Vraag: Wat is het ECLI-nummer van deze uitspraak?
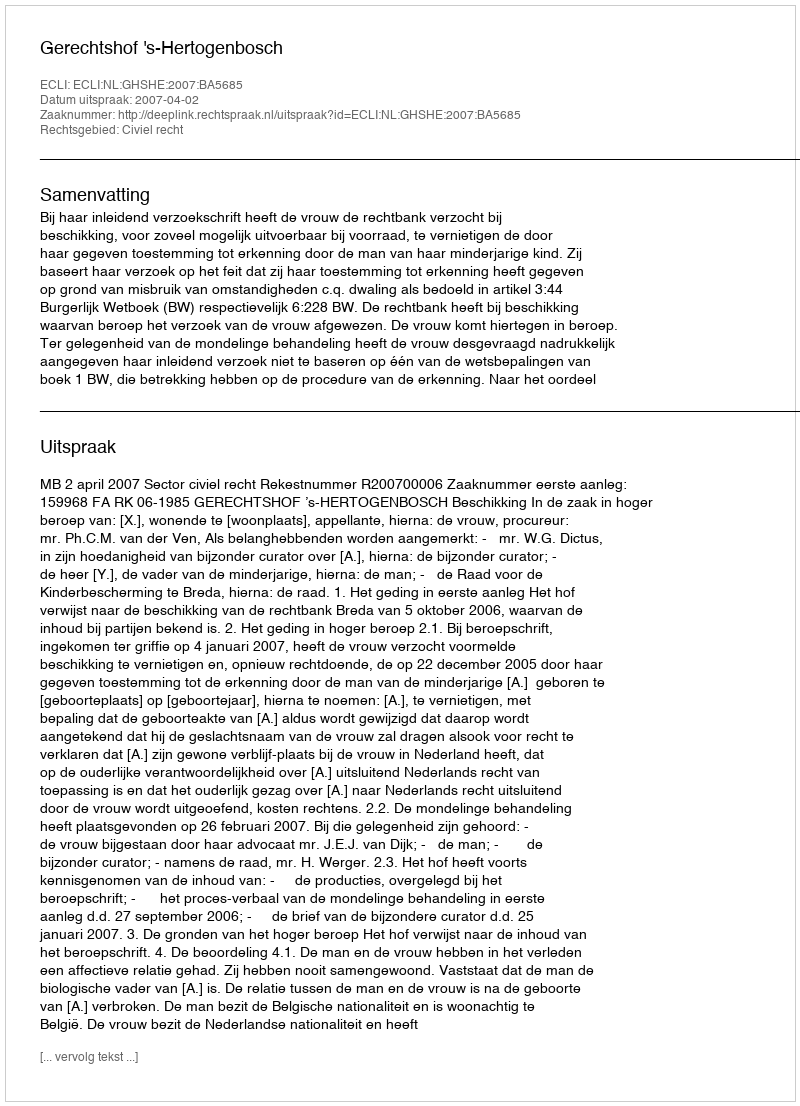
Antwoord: ECLI:NL:GHSHE:2007:BA5685